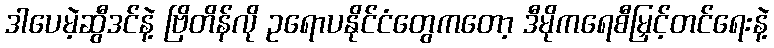
ဒါပေမဲ့ဆွီဒင်နဲ့ ဗြိတိန်လို ဥရောပနိုင်ငံတွေကတော့ ဒီမိုကရေစီမြှင့်တင်ရေးနဲ့